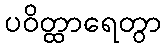
ပဝိတ္ထာရေတွာ